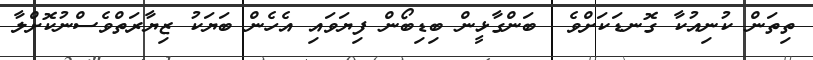
ތިތަން ކުނިއުކާ ގޮނޑަކަށްވެ  ބަންގާޅީން ބިޑިބޯން ފިޔަވައި އެހެން ބަޔަކު ޒިޔާރަތްވެސްނުކޮށްލާ